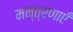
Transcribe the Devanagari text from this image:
मन्त्रणाएँ